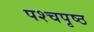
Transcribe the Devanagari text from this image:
पश्चपृष्ठ